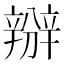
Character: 𨐰